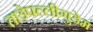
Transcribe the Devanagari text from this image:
ताडेपल्लीगुडेम